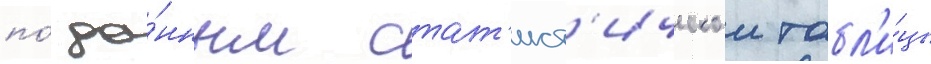
по́ да́нным стат'ист'ическои табл'и́цы